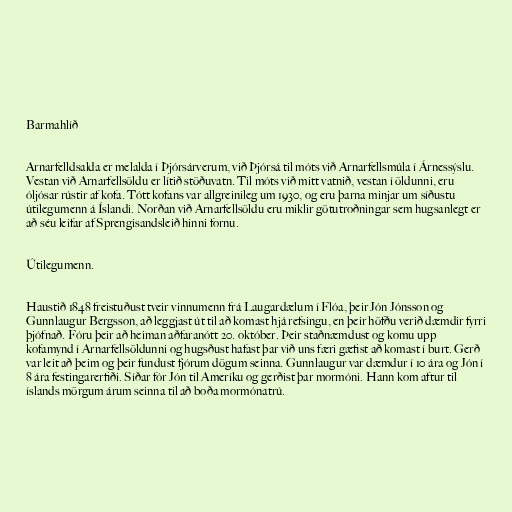
Barmahlíð

Arnarfelldsalda er melalda í Þjórsárverum, við Þjórsá til móts við Arnarfellsmúla í Árnessýslu.
Vestan við Arnarfellsöldu er lítið stöðuvatn. Til móts við mitt vatnið, vestan í öldunni, eru
óljósar rústir af kofa. Tótt kofans var allgreinileg um 1930, og eru þarna minjar um síðustu
útilegumenn á Íslandi. Norðan við Arnarfellsöldu eru miklir götutroðningar sem hugsanlegt er
að séu leifar af Sprengisandsleið hinni fornu.

Útilegumenn.

Haustið 1848 freistuðust tveir vinnumenn frá Laugardælum í Flóa, þeir Jón Jónsson og
Gunnlaugur Bergsson, að leggjast út til að komast hjá refsingu, en þeir höfðu verið dæmdir fyrri
þjófnað. Fóru þeir að heiman aðfaranótt 20. október. Þeir staðnæmdust og komu upp
kofamynd í Arnarfellsöldunni og hugsðust hafast þar við uns færi gæfist að komast í burt. Gerð
var leit að þeim og þeir fundust fjórum dögum seinna. Gunnlaugur var dæmdur í 10 ára og Jón í
8 ára festingarerfiði. Síðar fór Jón til Ameríku og gerðist þar mormóni. Hann kom aftur til
íslands mörgum árum seinna til að boða mormónatrú.